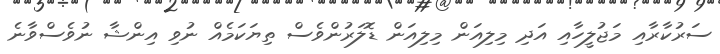
ސަރުކާރާއި މަޖުލީހާއި އަދި މިލިއަން މިލިއަން ޑޮލަރުންވެސް ތިޔަކަމެއް ނުވި އިންޝާ ނުވެސްވާނެ